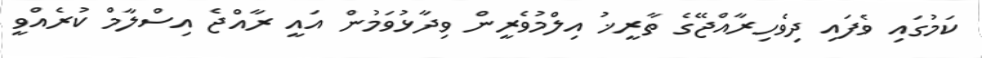
ކަމުގައި ވެފައި ދިވެހިރާއްޖޭގެ ތާރީޚު އިލްމުވެރީން ވިދާޅުވަމުން އައީ ރާއްޖެ އިސްލާމް ކުރެއްވީ